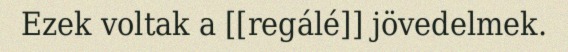
Ezek voltak a [[regálé]] jövedelmek.